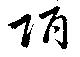
陌